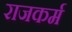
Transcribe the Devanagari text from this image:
राजकर्म